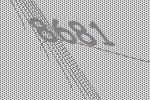
8681